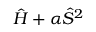
\hat { H } + \alpha \hat { S } ^ { 2 }